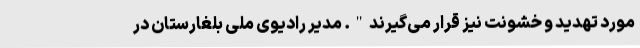
مورد تهدید و خشونت نیز قرار می‌گیرند". مدیر رادیوی ملی بلغارستان در